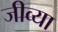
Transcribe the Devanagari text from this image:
जीव्या